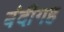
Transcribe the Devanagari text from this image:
बंदीगह